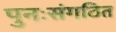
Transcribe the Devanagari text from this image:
पुनःसंगठित